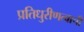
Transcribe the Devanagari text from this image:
प्रतिधुरीणत्वाची